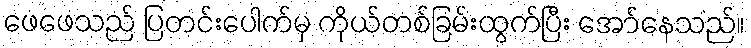
ဖေဖေသည် ပြတင်းပေါက်မှ ကိုယ်တစ်ခြမ်းထွက်ပြီး အော်နေသည်။